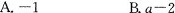
A.-1 B.$$a - 2$$